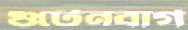
গুটেনবার্গ